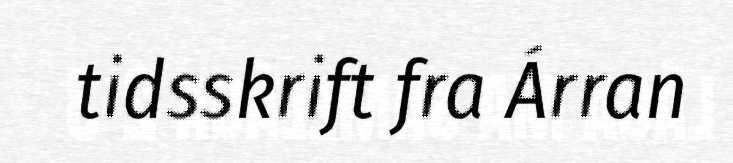
tidsskrift fra Árran